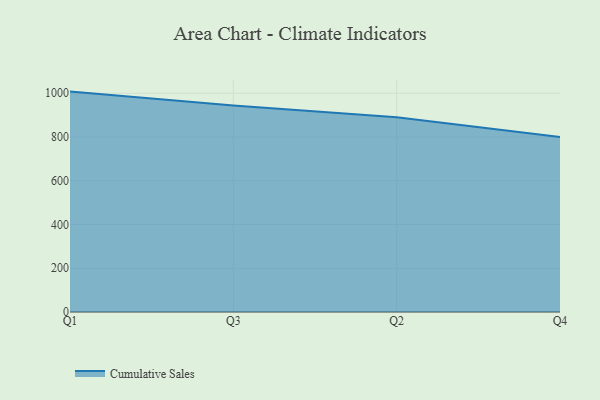
{"axis": {"x": "Quarter", "y": "Conversion Rate (%)"}, "legend": ["Cumulative Sales"], "data": [{"x": "Q1", "y": 1007.6, "type": "Cumulative Sales"}, {"x": "Q3", "y": 944.3, "type": "Cumulative Sales"}, {"x": "Q2", "y": 890.0, "type": "Cumulative Sales"}, {"x": "Q4", "y": 800, "type": "Cumulative Sales"}]}